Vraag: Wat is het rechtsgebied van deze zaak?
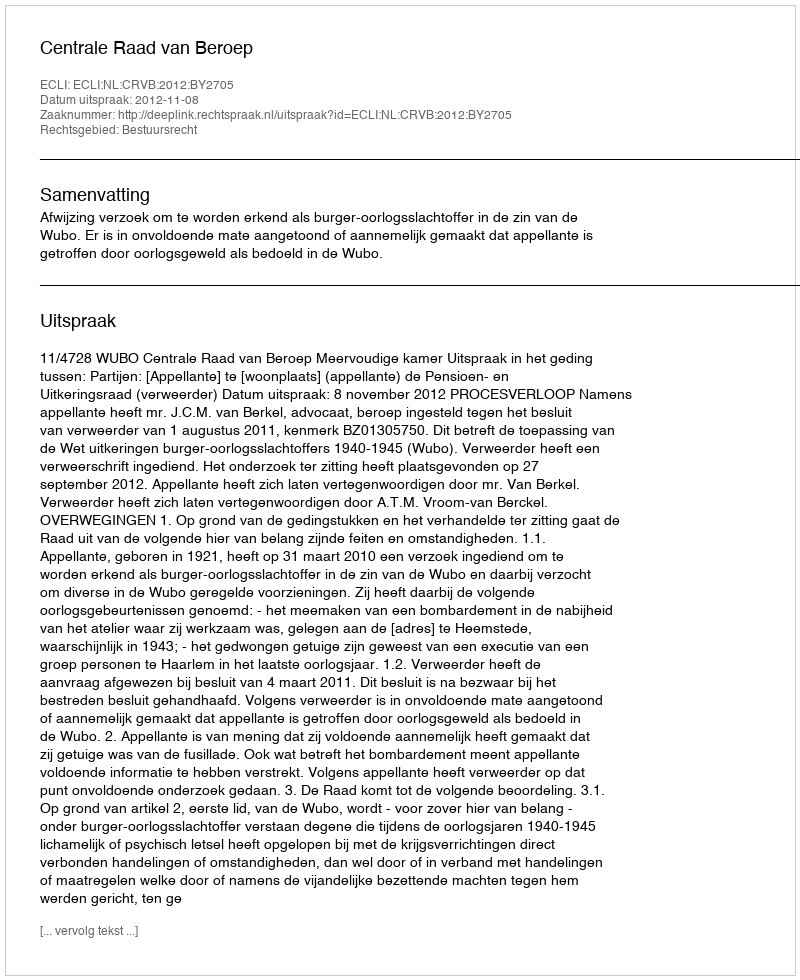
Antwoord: Bestuursrecht